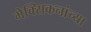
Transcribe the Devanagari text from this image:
मेक्सिकनांच्या